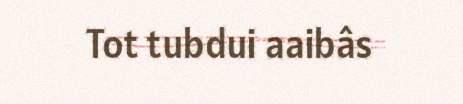
Tot tubdui aaibâs